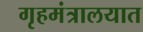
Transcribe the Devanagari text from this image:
गृहमंत्रालयात